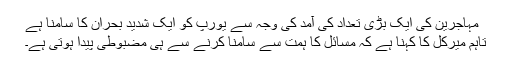
مہاجرین کی ایک بڑی تعداد کی آمد کی وجہ سے یورپ کو ایک شدید بحران کا سامنا ہے
تاہم میرکل کا کہنا ہے کہ مسائل کا ہمت سے سامنا کرنے سے ہی مضبوطی پیدا ہوتی ہے۔